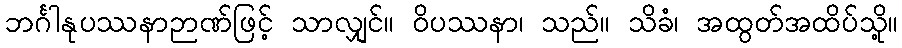
ဘင်္ဂါနုပဿနာဉာဏ်ဖြင့် သာလျှင်။ ဝိပဿနာ၊ သည်။ သိခံ၊ အထွတ်အထိပ်သို့။